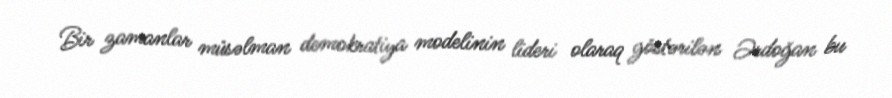
Bir zamanlar müsəlman demokratiya modelinin lideri olaraq göstərilən Ərdoğan bu